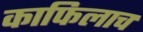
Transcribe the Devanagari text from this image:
काफिलाच